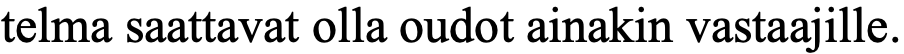
telma saattavat olla oudot ainakin vastaajille.